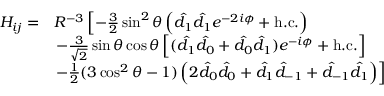
\begin{array} { r l } { H _ { i j } = } & { R ^ { - 3 } \left[ - \frac { 3 } { 2 } \sin ^ { 2 } \theta \left( \hat { d } _ { 1 } \hat { d } _ { 1 } e ^ { - 2 i \phi } + \mathrm { h . c . } \right) \right. } \\ & { \left. - \frac { 3 } { \sqrt { 2 } } \sin \theta \cos \theta \left[ ( \hat { d } _ { 1 } \hat { d } _ { 0 } + \hat { d } _ { 0 } \hat { d } _ { 1 } ) e ^ { - i \phi } + \mathrm { h . c . } \right] \right. } \\ & { \left. - \frac { 1 } { 2 } ( 3 \cos ^ { 2 } \theta - 1 ) \left( 2 \hat { d } _ { 0 } \hat { d } _ { 0 } + \hat { d } _ { 1 } \hat { d } _ { - 1 } + \hat { d } _ { - 1 } \hat { d } _ { 1 } \right) \right] } \end{array}